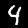
Digit: 4